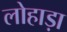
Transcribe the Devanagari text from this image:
लोहाड़ा